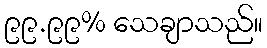
၉၉.၉၉% သေချာသည်။